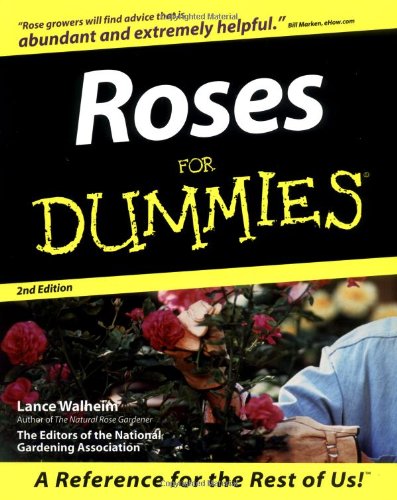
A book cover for Roses For Dummies; Lance Walheim; Crafts, Hobbies & Home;